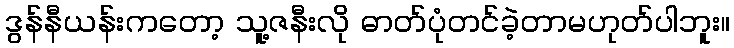
ဒွန်နီယန်းကတော့ သူ့ဇနီးလို ဓာတ်ပုံတင်ခဲ့တာမဟုတ်ပါဘူး။